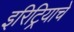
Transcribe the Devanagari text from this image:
इरिट्रियाचे